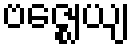
ဗဇ္ဈေယျ